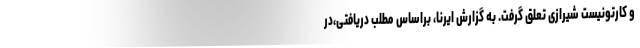
و کارتونیست شیرازی تعلق گرفت. به گزارش ایرنا، براساس مطلب دریافتی،در